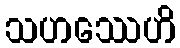
သဟဿေဟိ